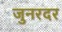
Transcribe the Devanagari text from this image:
जुनरदर